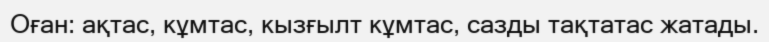
Оған: ақтас, кұмтас, кызғылт кұмтас, сазды тақтатас жатады.